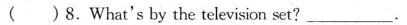
( )8.What's by the television set? ___ .